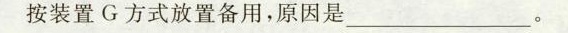
按装置G方式放置备用，原因是___。